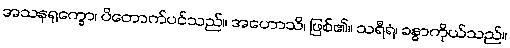
အသနရုက္ခော၊ ပိတောက်ပင်သည်။ အဟောသိ၊ ဖြစ်၏။ သရီရံ၊ ခန္ဓာကိုယ်သည်။